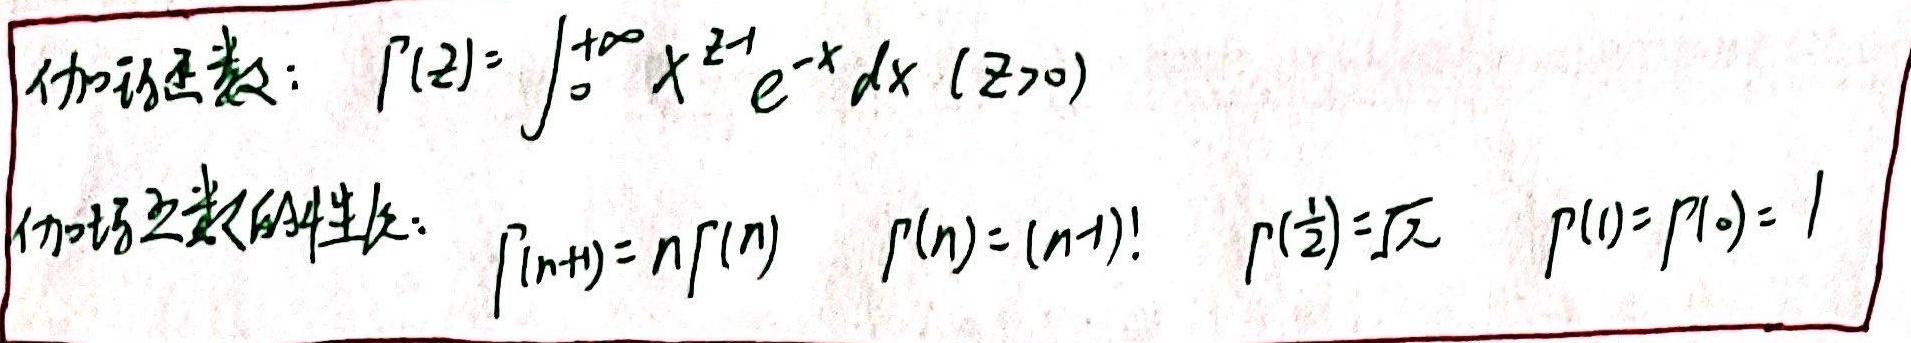
伽马函数：
\(\Gamma(z)=\int_{0}^{+\infty}x^{z - 1}e^{-x}dx\ (z>0)\)

伽马函数的性质：
\(\Gamma(n + 1)=n\Gamma(n)\)，
\(\Gamma(n)=(n - 1)!\)，
\(\Gamma(\frac{1}{2})=\sqrt{\pi}\)，
\(\Gamma(1)=1\)，但需要注意\(\Gamma(0)\)不存在 。原本内容中\(\Gamma(0)=1\)表述错误，伽马函数在\(z = 0\)处是发散的 。如果仅按照修正规则不考虑正确性则为：
伽马函数：
\(\Gamma(z)=\int_{0}^{+\infty}x^{z - 1}e^{-x}dx\ (z>0)\)

伽马函数的性质：
\(\Gamma(n + 1)=n\Gamma(n)\)，
\(\Gamma(n)=(n - 1)!\)，
\(\Gamma(\frac{1}{2})=\sqrt{\pi}\)，
\(\Gamma(1)=\Gamma(0)=1\)